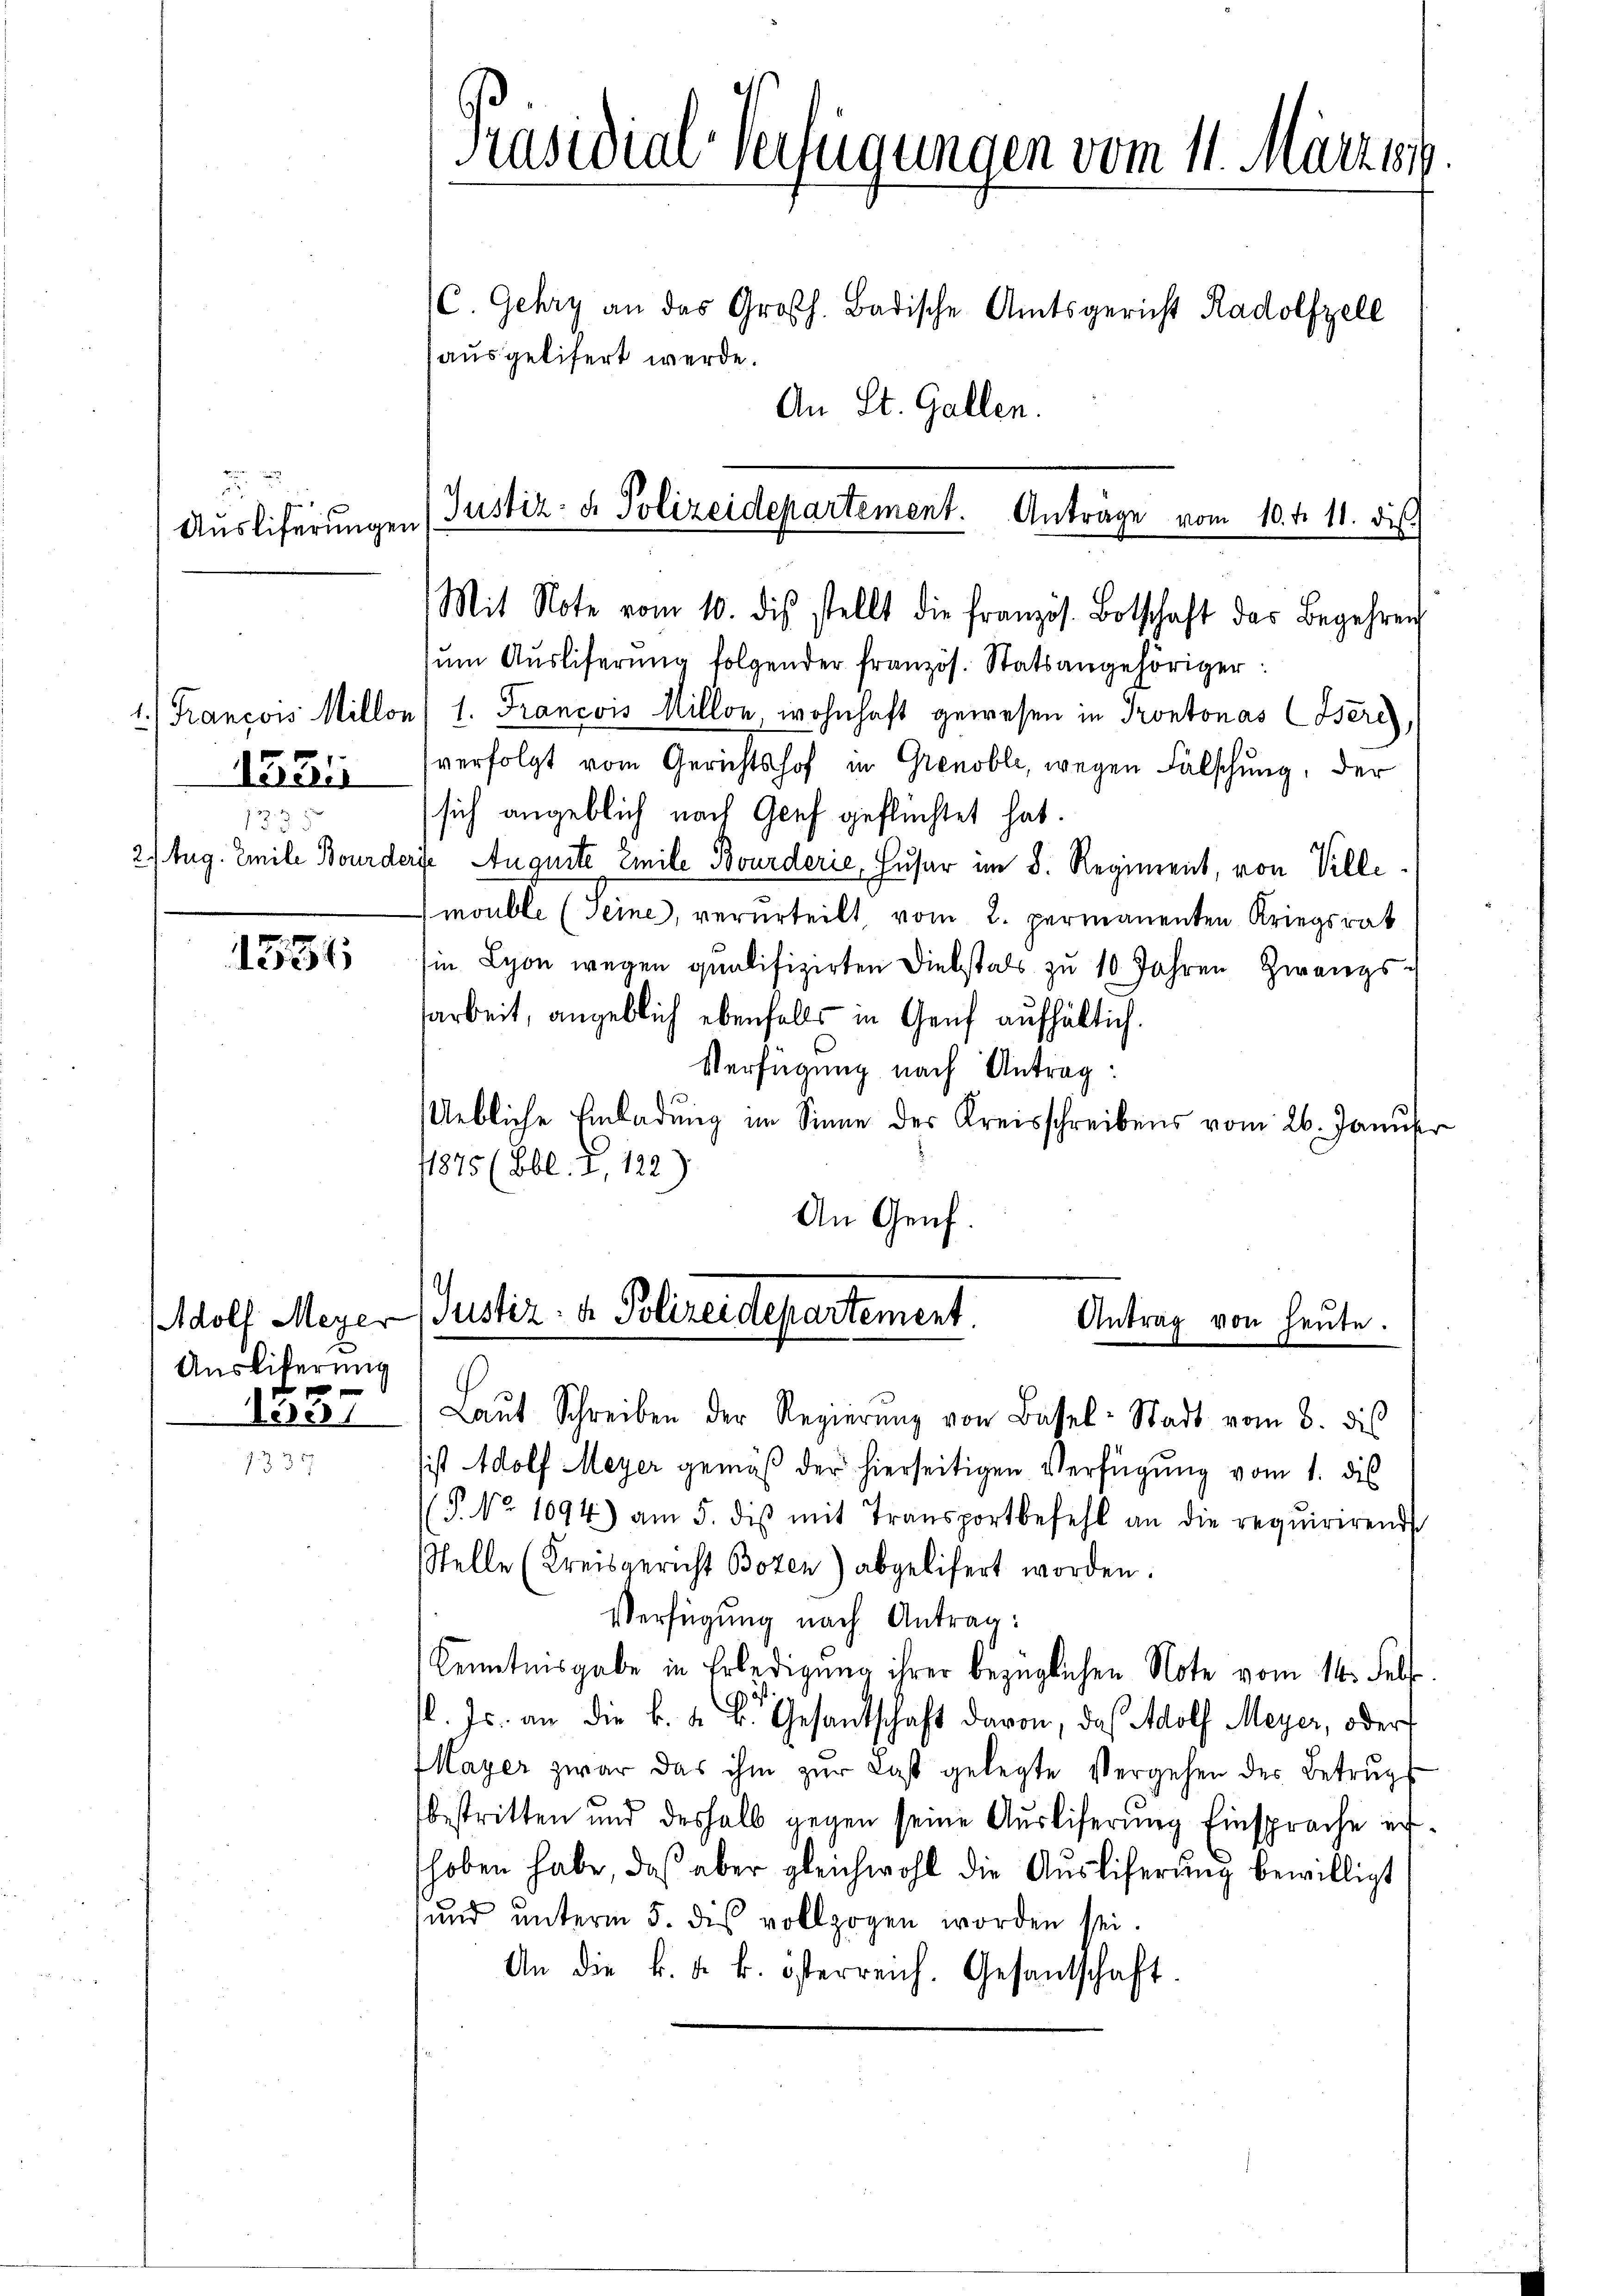
Ausliferungen

igau

1336

1335

Adolf Meyer
Ausliferung
1557

Präsidial-Verfügungen vom 11. März 1
C. Gehry an das Großh. Badische Amtsgericht Radolfzell
ausgelifert werde.
An St. Gallen.

Justiz- & Polizeidepartement. Anträge vom 10. t. 11. dis
Mit Note vom 10. dis stellt die französ. Botschaft das Begehren

ŭm Aŭsliferŭng folgender französ. Statsangehöriger:
1. Francois Millon (1. Francois Millon, wohnhaft gewesen in Prontonas (Iseres,
verfolgt vom Gerichtshof in Grenoble, wegen Fälschung, der
sich angeblich nach Genf geflüchtet hat.
2/Aug. Emile Bourders Auguite Emile Bourderie, Huser im 8. Regiment, von Ville
mouble (seine, verurteilt, vom 2. permanenten Kriegsrat
sin Lyon wegen qualifizirten Diebstals zu 10 Jahren Zwangs-
arbeit, angeblich ebenfalls in Genf aufhältich.
Verfügung nach Antrag:
Uebliche Einladung im Sinne des Kreisschreibens vom 26. Januser
11875 (Bbl. Z. 122)
An Genf.

Justiz- u. Polizeidepartement.
Antrag von heute.

Laŭt Schreiben der Regierŭng von Basel-Stadt vom 8. dis
sist Adolf Meyer gemäß der hierseitigen Verfügung vom 1. dies
P. Nr. 1094) am 5. diβ mit Transportbefehl an die requirirend
Stelle (Kreisgericht Bozen) abgelifert worden.
Verfügung nach Antrag:
Kenntnisgabe in Erledigung ihrer bezüglichen Note vom 14. Fels
l. Js. an die k. k. Gesandtschaft davon, daß Adolf Meyer, oder
Mayer zwar das ihm zŭr Last gelegte Vergehen des Betrŭgs-
bestritten und deshalb gegen seine Auslieferung Einsprache erhoben habe, das aber gleichwohl die Aŭsliferŭng bewilligt
und unterm 5. des vollzogen worden sei.
An die k. k. k. österreich. Gesantschaft.